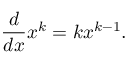
{ \frac { d } { d x } } x ^ { k } = k x ^ { k - 1 } .